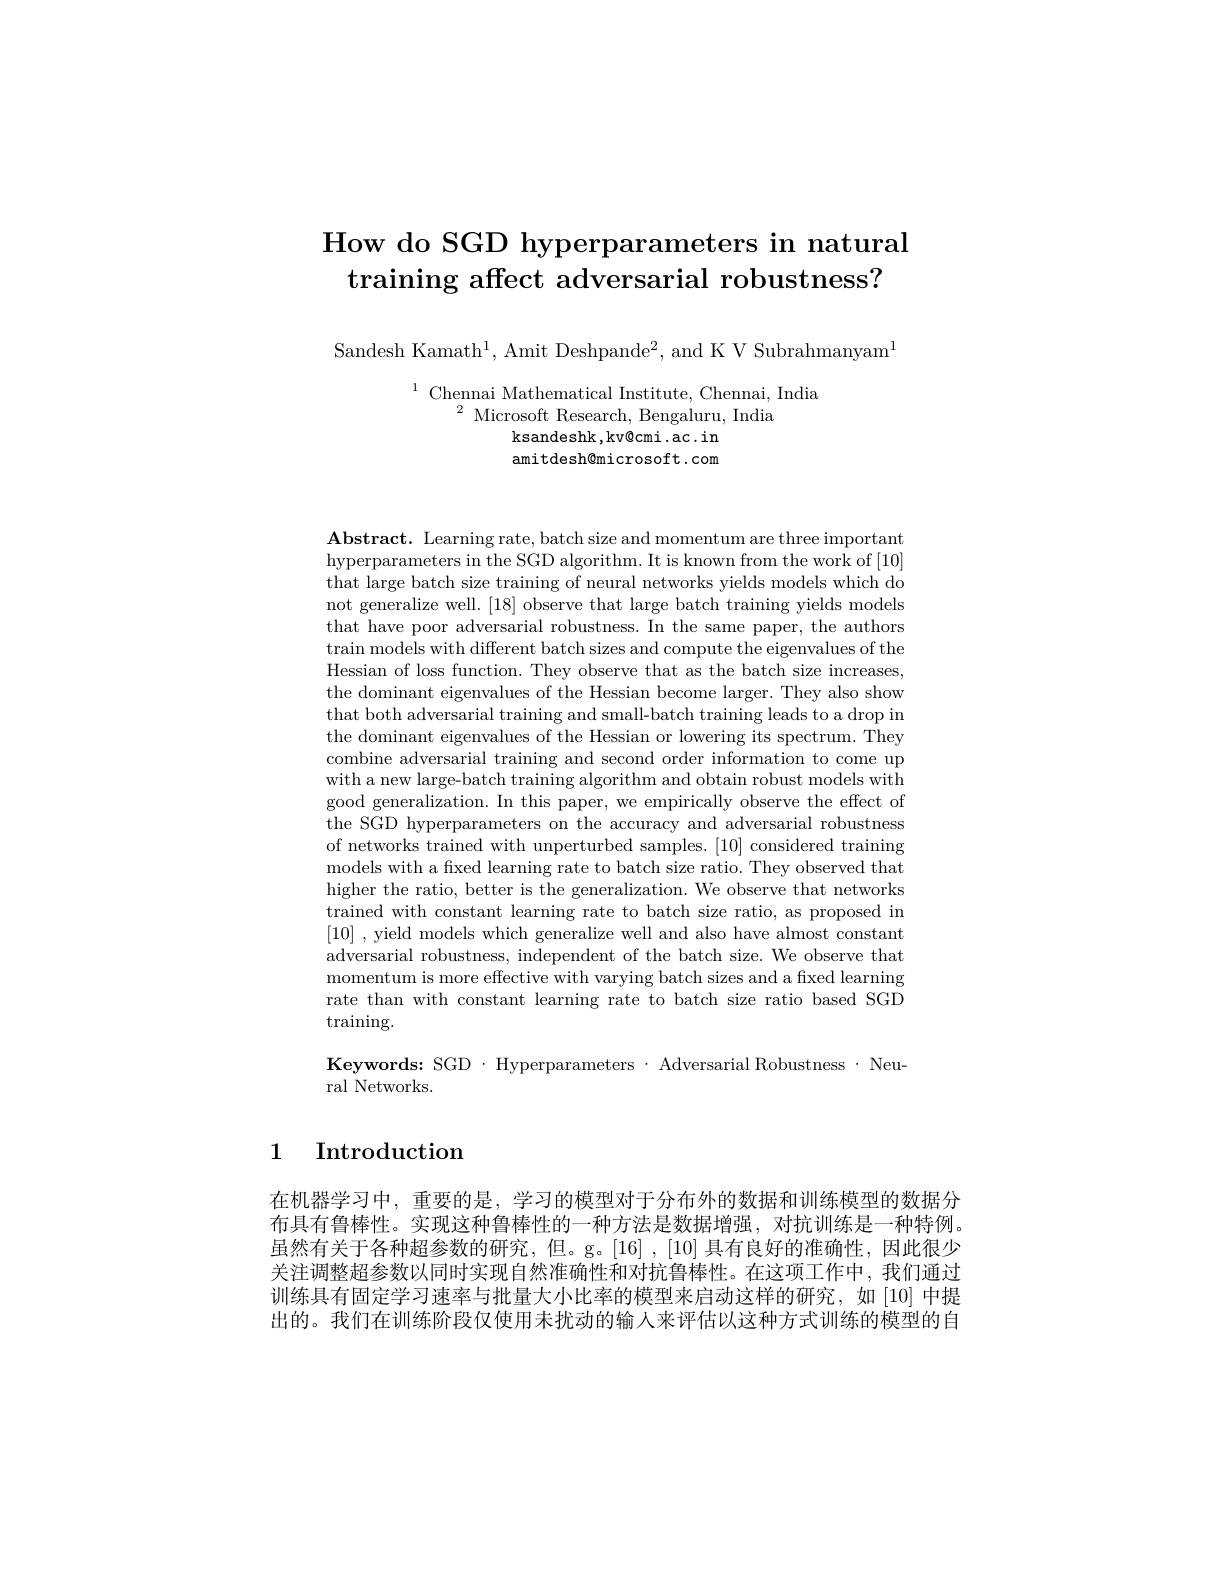
# How do SGD hyperparameters in natural training affect adversarial robustness?

Sandesh Kamath$^1$, Amit Deshpande$^2$, and K V Subrahmanyam$^1$

$^{1}$Chennai Mathematical Institute, Chennai, India
$^{2}$ Microsoft Research, Bengaluru, India
ksandeshk, kv@ cmi. ac. in amitdesh@microsoft.com

$\mathbf{Abstract.~Learning~rate,~batch~size~and~momentum~are~three~important}$ hyperparameters in the SGD algorithm. It is known from the work of [10] that large batch size training of neural networks yields models which do not generalize well. [18] observe that large batch training yields models that have poor adversarial robustness. In the same paper, the authors train models with different batch sizes and compute the eigenvalues of the Hessian of loss function. They observe that as the batch size increases, the dominant eigenvalues of the Hessian become larger. They also show that both adversarial training and small-batch training leads to a drop in the dominant eigenvalues of the Hessian or lowering its spectrum. They combine adversarial training and second order information to come up with a new large-batch training algorithm and obtain robust models with good generalization. In this paper, we empirically observe the effect of the SGD hyperparameters on the accuracy and adversarial robustness of networks trained with unperturbed samples. [10] considered training models with a fixed learning rate to batch size ratio. They observed that higher the ratio, better is the generalization. We observe that networks trained with constant learning rate to batch size ratio, as proposed in [10] , yield models which generalize well and also have almost constant adversarial robustness, independent of the batch size. We observe that momentum is more effective with varying batch sizes and a fixed learning rate than with constant learning rate to batch size ratio based SGD training.
Keywords: SGD·Hyperparameters·Adversarial Robustness·Neu-

ral Networks.

## 1 Introduction

在机器学习中，重要的是，学习的模型对于分布外的数据和训练模型的数据分布具有鲁棒性。实现这种鲁棒性的一种方法是数据增强，对抗训练是一种特例。虽然有关于各种超参数的研究，但。g。[16],[10]具有良好的准确性，因此很少关注调整超参数以同时实现自然准确性和对抗鲁棒性。在这项工作中，我们通过训练具有固定学习速率与批量大小比率的模型来启动这样的研究，如|10|中提出的。我们在训练阶段仅使用未扰动的输人来评估以这种方式训练的模型的自